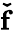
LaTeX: \mathbf{\check{f}}